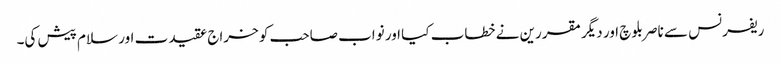
ریفرنس سے ناصر بلوچ اور دیگر مقررین نے خطاب کیا اور نواب صاحب کو خراج عقیدت اور سلام پیش کی۔